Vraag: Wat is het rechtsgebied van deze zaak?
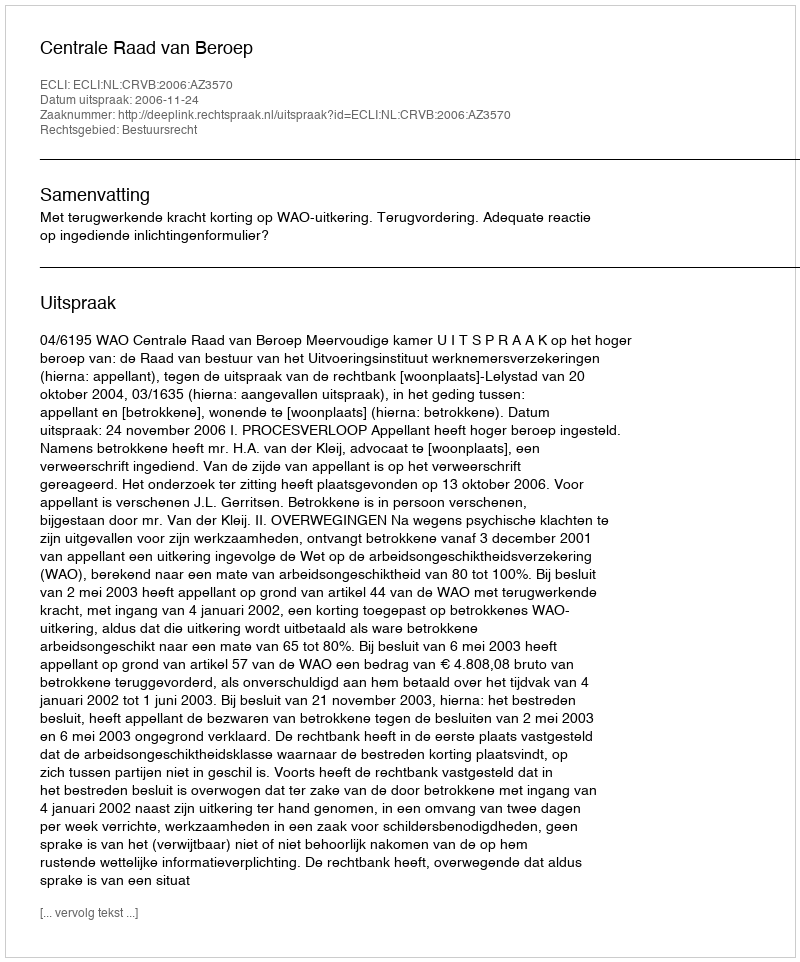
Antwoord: Bestuursrecht